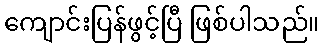
ကျောင်းပြန်ဖွင့်ပြီ ဖြစ်ပါသည်။